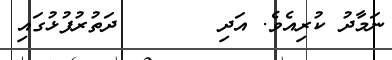
ނަމާދު ކުރިއެވެ. އަދި       ދަތުރުފުޅުގައި